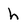
Character: h